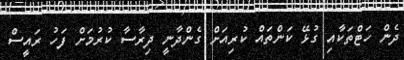
ދެން ހަޓްތަކާއި ގުޅޭ ކަންތައް ކުރިއަށް ގެންދާނީ ދިރާސާ ކުރުމަށް ފަހު ރައީސް